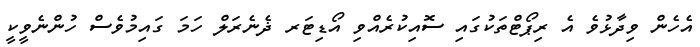
އެހެން ވިދާޅުވެ އެ ރިޕޯޓްތަކުގައި ސޮއިކުރެއްވި އޯޑިޓަރ ޛެނެރަލް ހަމަ ގައިމުވެސް ހުންނެވީކީ